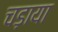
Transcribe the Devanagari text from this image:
चड़ाया